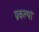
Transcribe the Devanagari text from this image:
प्रकल्पां